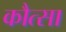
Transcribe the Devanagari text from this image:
कौत्सा